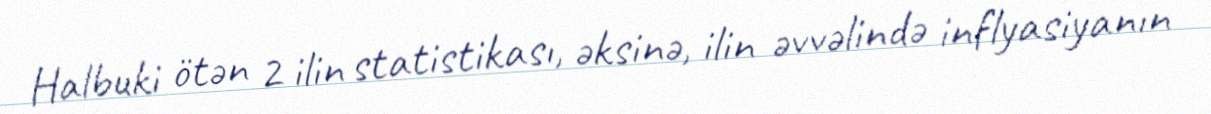
Halbuki ötən 2 ilin statistikası, əksinə, ilin əvvəlində inflyasiyanın